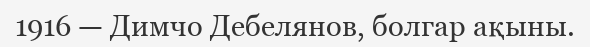
1916 — Димчо Дебелянов, болгар ақыны.